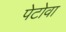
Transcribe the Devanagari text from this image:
पेटोवा